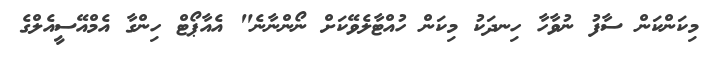
މިކަންކަން ސާފު ނުވާހާ ހިނދަކު މިކަން ހުއްޓާލެވޭކަށް ނޯންނާނެ" އެއާޕޯޓް ހިންގާ އެމްއޭސީއެލްގެ